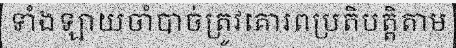
ទាំងឡាយចាំបាច់ត្រូវគោរពប្រតិបត្តិតាម